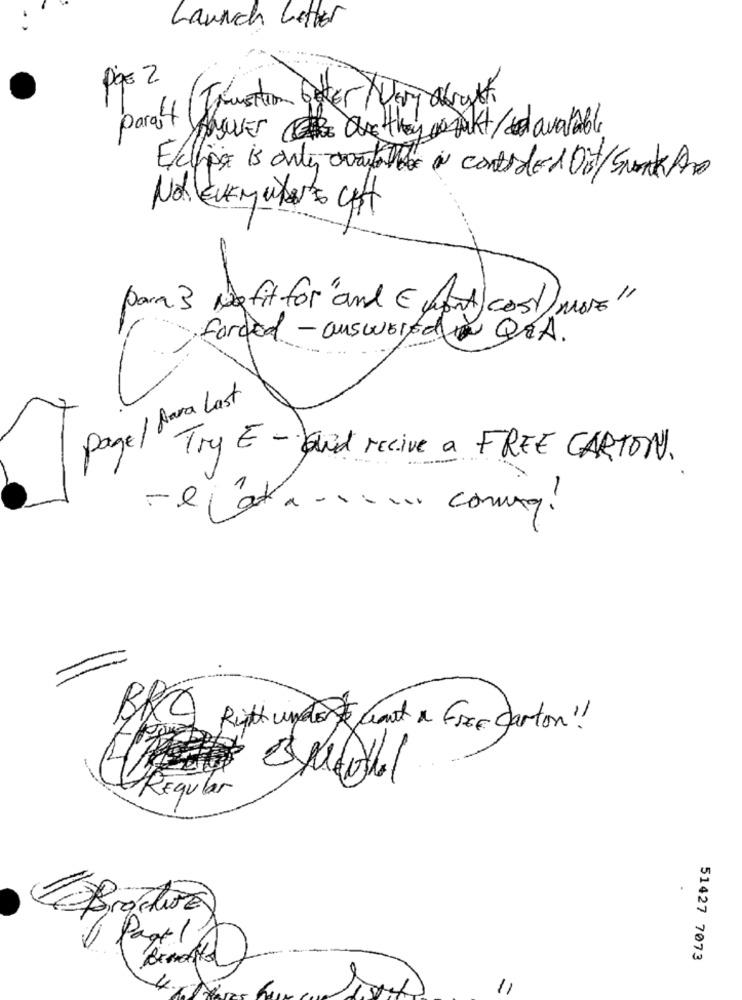
Launch Letter
Das 2
Transition Peter Very Obsylt.
para't Answer Have they workt / sd available
E/chips is only available in contrde 1 Ont/Swork And
para 3 Ng fit for "and ( mint cost) more"
forded - auswert Q&A.
Page/ Para Last
Try E- quid recive a FREE CARTON.
-elata ... comq!
Rith undorf Gout a Free carton!
Regular
Pagel
51427 7073
11